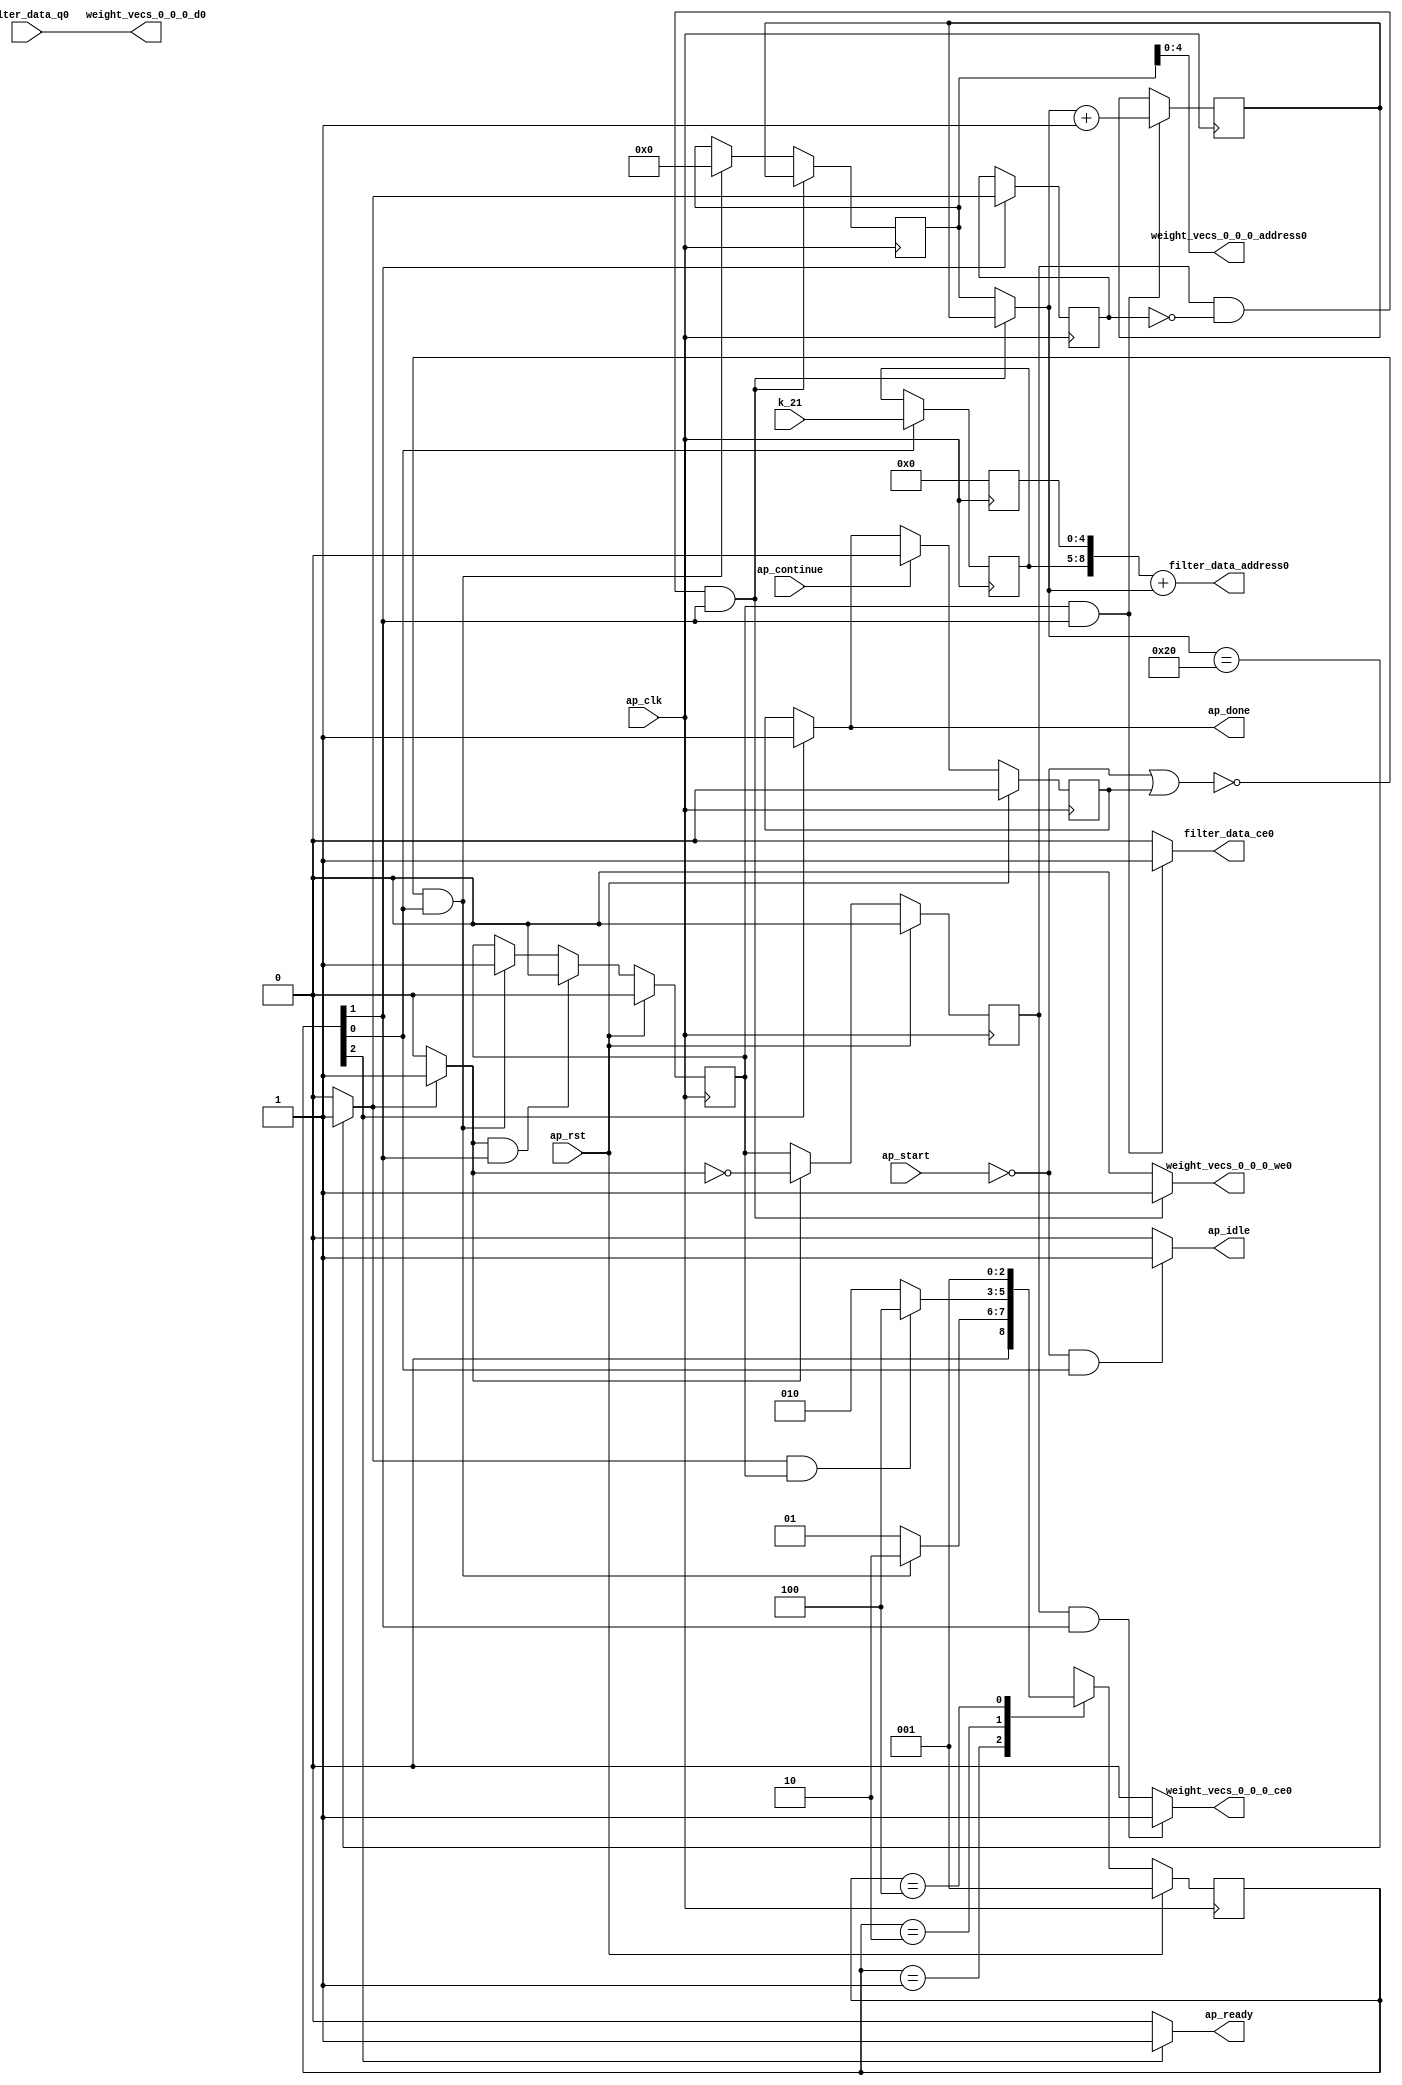
`define SIMULATION_MEMORY
`define EXPONENT 5
`define MANTISSA 10
`define ACTUAL_MANTISSA 11
`define EXPONENT_LSB 10
`define EXPONENT_MSB 14
`define MANTISSA_LSB 0
`define MANTISSA_MSB 9
`define MANTISSA_MUL_SPLIT_LSB 3
`define MANTISSA_MUL_SPLIT_MSB 9
`define SIGN 1
`define SIGN_LOC 15
`define DWIDTH (`SIGN+`EXPONENT+`MANTISSA)
`define IEEE_COMPLIANCE 1

module td_fused_top_tdf3_readFilters30 (
        ap_clk,
        ap_rst,
        ap_start,
        ap_done,
        ap_continue,
        ap_idle,
        ap_ready,
        filter_data_address0,
        filter_data_ce0,
        filter_data_q0,
        k_21,
        weight_vecs_0_0_0_address0,
        weight_vecs_0_0_0_ce0,
        weight_vecs_0_0_0_we0,
        weight_vecs_0_0_0_d0
);

parameter    ap_ST_fsm_state1 = 3'd1;
parameter    ap_ST_fsm_pp0_stage0 = 3'd2;
parameter    ap_ST_fsm_state4 = 3'd4;

input   ap_clk;
input   ap_rst;
input   ap_start;
output   ap_done;
input   ap_continue;
output   ap_idle;
output   ap_ready;
output  [8:0] filter_data_address0;
output   filter_data_ce0;
input  [15:0] filter_data_q0;
input  [3:0] k_21;
output  [4:0] weight_vecs_0_0_0_address0;
output   weight_vecs_0_0_0_ce0;
output   weight_vecs_0_0_0_we0;
output  [15:0] weight_vecs_0_0_0_d0;

reg ap_done;
reg ap_idle;
reg ap_ready;
reg filter_data_ce0;
reg weight_vecs_0_0_0_ce0;
reg weight_vecs_0_0_0_we0;

reg    ap_done_reg;
  reg   [2:0] ap_CS_fsm;
wire    ap_CS_fsm_state1;
reg   [5:0] kk_0_0_i_reg_81;
wire   [8:0] tmp_fu_93_p3;
reg   [8:0] tmp_reg_132;
wire   [5:0] add_ln48_fu_101_p2;
reg   [5:0] add_ln48_reg_137;
wire    ap_CS_fsm_pp0_stage0;
reg    ap_enable_reg_pp0_iter0;
wire    ap_block_state2_pp0_stage0_iter0;
wire    ap_block_state3_pp0_stage0_iter1;
wire    ap_block_pp0_stage0_11001;
wire   [0:0] icmp_ln48_fu_107_p2;
reg   [0:0] icmp_ln48_reg_142;
reg    ap_block_state1;
wire    ap_block_pp0_stage0_subdone;
reg    ap_condition_pp0_exit_iter0_state2;
reg    ap_enable_reg_pp0_iter1;
reg   [5:0] ap_phi_mux_kk_0_0_i_phi_fu_85_p4;
wire    ap_block_pp0_stage0;
wire   [63:0] zext_ln54_63_fu_122_p1;
wire   [63:0] zext_ln48_fu_127_p1;
wire   [8:0] zext_ln54_fu_113_p1;
wire   [8:0] add_ln54_fu_117_p2;
wire    ap_CS_fsm_state4;
reg   [2:0] ap_NS_fsm;
reg    ap_idle_pp0;
wire    ap_enable_pp0;
wire    ap_ce_reg;

// power-on initialization
initial begin
#0 ap_done_reg = 1'b0;
#0 ap_CS_fsm = 3'd1;
#0 ap_enable_reg_pp0_iter0 = 1'b0;
#0 ap_enable_reg_pp0_iter1 = 1'b0;
end

always @ (posedge ap_clk) begin
    if (ap_rst == 1'b1) begin
        ap_CS_fsm <= ap_ST_fsm_state1;
    end else begin
        ap_CS_fsm <= ap_NS_fsm;
    end
end

always @ (posedge ap_clk) begin
    if (ap_rst == 1'b1) begin
        ap_done_reg <= 1'b0;
    end else begin
        if ((ap_continue == 1'b1)) begin
            ap_done_reg <= 1'b0;
        end else if ((1'b1 == ap_CS_fsm_state4)) begin
            ap_done_reg <= 1'b1;
        end
    end
end

always @ (posedge ap_clk) begin
    if (ap_rst == 1'b1) begin
        ap_enable_reg_pp0_iter0 <= 1'b0;
    end else begin
        if (((1'b0 == ap_block_pp0_stage0_subdone) & (1'b1 == ap_condition_pp0_exit_iter0_state2) & (1'b1 == ap_CS_fsm_pp0_stage0))) begin
            ap_enable_reg_pp0_iter0 <= 1'b0;
        end else if ((~((ap_start == 1'b0) | (ap_done_reg == 1'b1)) & (1'b1 == ap_CS_fsm_state1))) begin
            ap_enable_reg_pp0_iter0 <= 1'b1;
        end
    end
end

always @ (posedge ap_clk) begin
    if (ap_rst == 1'b1) begin
        ap_enable_reg_pp0_iter1 <= 1'b0;
    end else begin
        if (((1'b0 == ap_block_pp0_stage0_subdone) & (1'b1 == ap_condition_pp0_exit_iter0_state2))) begin
            ap_enable_reg_pp0_iter1 <= (1'b1 ^ ap_condition_pp0_exit_iter0_state2);
        end else if ((1'b0 == ap_block_pp0_stage0_subdone)) begin
            ap_enable_reg_pp0_iter1 <= ap_enable_reg_pp0_iter0;
        end else if ((~((ap_start == 1'b0) | (ap_done_reg == 1'b1)) & (1'b1 == ap_CS_fsm_state1))) begin
            ap_enable_reg_pp0_iter1 <= 1'b0;
        end
    end
end

always @ (posedge ap_clk) begin
    if (((ap_enable_reg_pp0_iter1 == 1'b1) & (icmp_ln48_reg_142 == 1'd0) & (1'b0 == ap_block_pp0_stage0_11001) & (1'b1 == ap_CS_fsm_pp0_stage0))) begin
        kk_0_0_i_reg_81 <= add_ln48_reg_137;
    end else if ((~((ap_start == 1'b0) | (ap_done_reg == 1'b1)) & (1'b1 == ap_CS_fsm_state1))) begin
        kk_0_0_i_reg_81 <= 6'd0;
    end
end

always @ (posedge ap_clk) begin
    if (((1'b0 == ap_block_pp0_stage0_11001) & (ap_enable_reg_pp0_iter0 == 1'b1) & (1'b1 == ap_CS_fsm_pp0_stage0))) begin
        add_ln48_reg_137 <= add_ln48_fu_101_p2;
    end
end

always @ (posedge ap_clk) begin
    if (((1'b0 == ap_block_pp0_stage0_11001) & (1'b1 == ap_CS_fsm_pp0_stage0))) begin
        icmp_ln48_reg_142 <= icmp_ln48_fu_107_p2;
    end
end

always @ (posedge ap_clk) begin
    if ((1'b1 == ap_CS_fsm_state1)) begin
        tmp_reg_132[8 : 5] <= tmp_fu_93_p3[8 : 5];
    end
end

always @ (*) begin
    if ((icmp_ln48_fu_107_p2 == 1'd1)) begin
        ap_condition_pp0_exit_iter0_state2 = 1'b1;
    end else begin
        ap_condition_pp0_exit_iter0_state2 = 1'b0;
    end
end

always @ (*) begin
    if ((1'b1 == ap_CS_fsm_state4)) begin
        ap_done = 1'b1;
    end else begin
        ap_done = ap_done_reg;
    end
end

always @ (*) begin
    if (((ap_start == 1'b0) & (1'b1 == ap_CS_fsm_state1))) begin
        ap_idle = 1'b1;
    end else begin
        ap_idle = 1'b0;
    end
end

always @ (*) begin
    if (((ap_enable_reg_pp0_iter1 == 1'b0) & (ap_enable_reg_pp0_iter0 == 1'b0))) begin
        ap_idle_pp0 = 1'b1;
    end else begin
        ap_idle_pp0 = 1'b0;
    end
end

always @ (*) begin
    if (((ap_enable_reg_pp0_iter1 == 1'b1) & (icmp_ln48_reg_142 == 1'd0) & (1'b0 == ap_block_pp0_stage0) & (1'b1 == ap_CS_fsm_pp0_stage0))) begin
        ap_phi_mux_kk_0_0_i_phi_fu_85_p4 = add_ln48_reg_137;
    end else begin
        ap_phi_mux_kk_0_0_i_phi_fu_85_p4 = kk_0_0_i_reg_81;
    end
end

always @ (*) begin
    if ((1'b1 == ap_CS_fsm_state4)) begin
        ap_ready = 1'b1;
    end else begin
        ap_ready = 1'b0;
    end
end

always @ (*) begin
    if (((1'b0 == ap_block_pp0_stage0_11001) & (ap_enable_reg_pp0_iter0 == 1'b1) & (1'b1 == ap_CS_fsm_pp0_stage0))) begin
        filter_data_ce0 = 1'b1;
    end else begin
        filter_data_ce0 = 1'b0;
    end
end

always @ (*) begin
    if (((ap_enable_reg_pp0_iter1 == 1'b1) & (1'b0 == ap_block_pp0_stage0_11001) & (1'b1 == ap_CS_fsm_pp0_stage0))) begin
        weight_vecs_0_0_0_ce0 = 1'b1;
    end else begin
        weight_vecs_0_0_0_ce0 = 1'b0;
    end
end

always @ (*) begin
    if (((ap_enable_reg_pp0_iter1 == 1'b1) & (icmp_ln48_reg_142 == 1'd0) & (1'b0 == ap_block_pp0_stage0_11001) & (1'b1 == ap_CS_fsm_pp0_stage0))) begin
        weight_vecs_0_0_0_we0 = 1'b1;
    end else begin
        weight_vecs_0_0_0_we0 = 1'b0;
    end
end

always @ (*) begin
    case (ap_CS_fsm)
        ap_ST_fsm_state1 : begin
            if ((~((ap_start == 1'b0) | (ap_done_reg == 1'b1)) & (1'b1 == ap_CS_fsm_state1))) begin
                ap_NS_fsm = ap_ST_fsm_pp0_stage0;
            end else begin
                ap_NS_fsm = ap_ST_fsm_state1;
            end
        end
        ap_ST_fsm_pp0_stage0 : begin
            if (~((icmp_ln48_fu_107_p2 == 1'd1) & (1'b0 == ap_block_pp0_stage0_subdone) & (ap_enable_reg_pp0_iter0 == 1'b1))) begin
                ap_NS_fsm = ap_ST_fsm_pp0_stage0;
            end else if (((icmp_ln48_fu_107_p2 == 1'd1) & (1'b0 == ap_block_pp0_stage0_subdone) & (ap_enable_reg_pp0_iter0 == 1'b1))) begin
                ap_NS_fsm = ap_ST_fsm_state4;
            end else begin
                ap_NS_fsm = ap_ST_fsm_pp0_stage0;
            end
        end
        ap_ST_fsm_state4 : begin
            ap_NS_fsm = ap_ST_fsm_state1;
        end
        default : begin
            ap_NS_fsm = 'bx;
        end
    endcase
end

assign add_ln48_fu_101_p2 = (ap_phi_mux_kk_0_0_i_phi_fu_85_p4 + 6'd1);

assign add_ln54_fu_117_p2 = (tmp_reg_132 + zext_ln54_fu_113_p1);

assign ap_CS_fsm_pp0_stage0 = ap_CS_fsm[32'd1];

assign ap_CS_fsm_state1 = ap_CS_fsm[32'd0];

assign ap_CS_fsm_state4 = ap_CS_fsm[32'd2];

assign ap_block_pp0_stage0 = ~(1'b1 == 1'b1);

assign ap_block_pp0_stage0_11001 = ~(1'b1 == 1'b1);

assign ap_block_pp0_stage0_subdone = ~(1'b1 == 1'b1);

always @ (*) begin
    ap_block_state1 = ((ap_start == 1'b0) | (ap_done_reg == 1'b1));
end

assign ap_block_state2_pp0_stage0_iter0 = ~(1'b1 == 1'b1);

assign ap_block_state3_pp0_stage0_iter1 = ~(1'b1 == 1'b1);

assign ap_enable_pp0 = (ap_idle_pp0 ^ 1'b1);

assign filter_data_address0 = zext_ln54_63_fu_122_p1;

assign icmp_ln48_fu_107_p2 = ((ap_phi_mux_kk_0_0_i_phi_fu_85_p4 == 6'd32) ? 1'b1 : 1'b0);

assign tmp_fu_93_p3 = {{k_21}, {5'd0}};

assign weight_vecs_0_0_0_address0 = zext_ln48_fu_127_p1;

assign weight_vecs_0_0_0_d0 = filter_data_q0;

assign zext_ln48_fu_127_p1 = kk_0_0_i_reg_81;

assign zext_ln54_63_fu_122_p1 = add_ln54_fu_117_p2;

assign zext_ln54_fu_113_p1 = ap_phi_mux_kk_0_0_i_phi_fu_85_p4;

always @ (posedge ap_clk) begin
    tmp_reg_132[4:0] <= 5'b00000;
end

endmodule //td_fused_top_tdf3_readFilters30